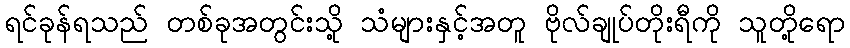
ရင်ခုန်ရသည် တစ်ခုအတွင်းသို့ သံများနှင့်အတူ ဗိုလ်ချုပ်တိုးရီကို သူတို့ရော